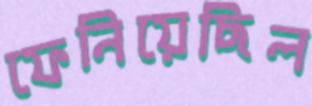
ফেনিয়েছিল